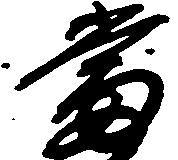
当